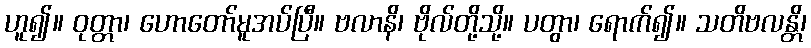
ဟူ၍။ ဝုတ္တာ၊ ဟောတော်မူအပ်ပြီ။ ဗလာနိ၊ ဗိုလ်တို့သို့။ ပတွာ၊ ရောက်၍။ သတိဗလန္တိ၊